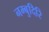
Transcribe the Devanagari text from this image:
नम्बुदिरि